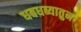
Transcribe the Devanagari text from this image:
धबधब्यातुन